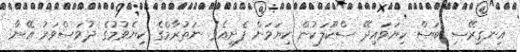
އިނގިރޭސި ބަސް ކިޔަވައިދޭ ސްކޫލަކުން ކިޔަވަން ފެށިއެވެ. ނަތުރާމްގެ ކިޔެވުމުގެ ދުވަސްވަރު އޭނާ